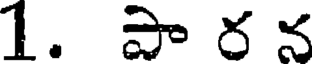
1. పా ర న